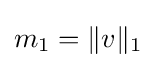
m_{1}=\|v\|_{1}